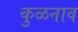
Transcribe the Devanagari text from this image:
कुळनाव